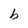
Character: b